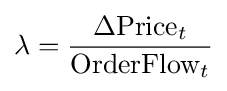
\lambda ={\frac {\Delta \mathrm {Price} _{t}}{\mathrm {OrderFlow} _{t}}}